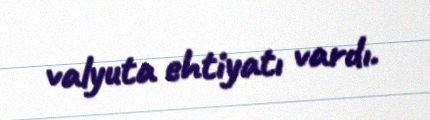
valyuta ehtiyatı vardı.